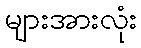
များအားလုံး